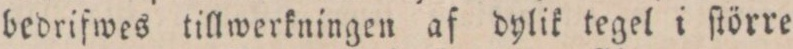
bedrifwes tillwerkningen af dylik tegel i ſtörre